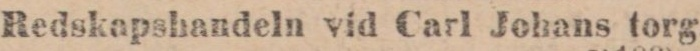
Redskapshandeln vid Carl Johans torg.